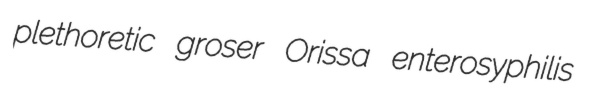
plethoretic groser Orissa enterosyphilis